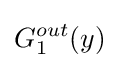
G_{1}^{out}(y)